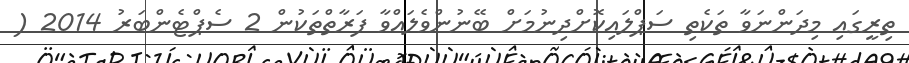
ތިރީގައި މިދަންނަވާ ތަކެތި ސަޕްލައިކޮށްދިނުމަށް ބޭނުންވެލައްވާ ފަރާތްތަކުުން 2 ސެޕްޓެންބަރު 2014 (